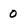
Character: O